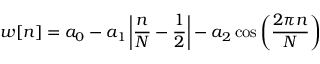
w [ n ] = a _ { 0 } - a _ { 1 } \left| { \frac { n } { N } } - { \frac { 1 } { 2 } } \right| - a _ { 2 } \cos \left( { \frac { 2 \pi n } { N } } \right)